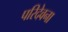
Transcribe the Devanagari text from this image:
परिदेवना